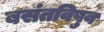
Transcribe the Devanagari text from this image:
बसंतविषुव